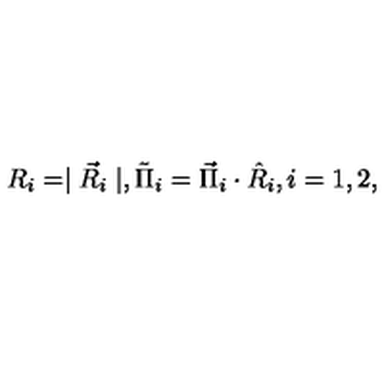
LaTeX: R _ { i } = \mid \vec { R } _ { i } \mid , \tilde { \Pi } _ { i } = \vec { \Pi } _ { i } \cdot \hat { R } _ { i } , i = 1 , 2 ,